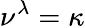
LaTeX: \nu^{\lambda}=\kappa